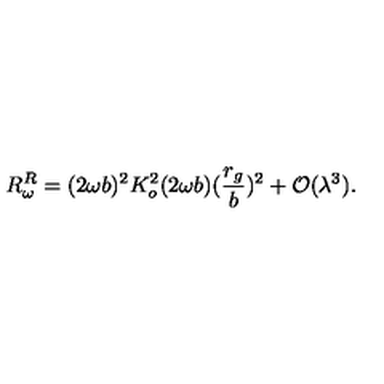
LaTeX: R _ { \omega } ^ { R } = ( 2 \omega b ) ^ { 2 } K _ { o } ^ { 2 } ( 2 \omega b ) ( \frac { r _ { g } } { b } ) ^ { 2 } + { \cal O } ( \lambda ^ { 3 } ) .